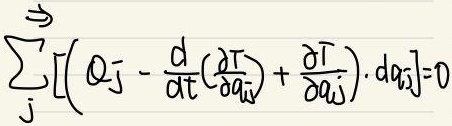
\[\Rightarrow\sum_{j}\left[\left(Q_j - \frac{d}{dt}\left(\frac{\partial T}{\partial \dot{q_j}}\right)+\frac{\partial T}{\partial q_j}\right)\cdot dq_j\right]=0\]